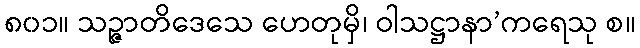
၈၀၁။ သဉ္ဇာတိဒေသေ ဟေတုမှိ၊ ဝါသဋ္ဌာနာ’ကရေသု စ။